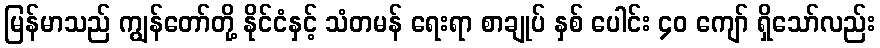
မြန်မာသည် ကျွန်တော်တို့ နိုင်ငံနှင့် သံတမန် ရေးရာ စာချုပ် နှစ် ပေါင်း ၄၀ ကျော် ရှိသော်လည်း